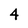
Character: 4